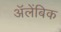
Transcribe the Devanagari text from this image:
अॅलेंबिक